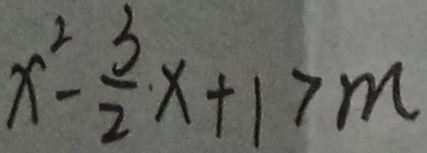
x ^ { 2 } - \frac { 3 } { 2 } x + 1 > m